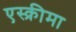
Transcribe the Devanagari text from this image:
एस्क्रीमा